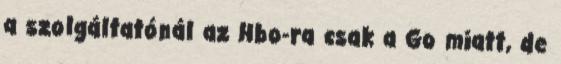
a szolgáltatónál az Hbo-ra csak a Go miatt, de